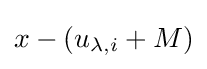
x-(u_{\lambda ,i}+M)